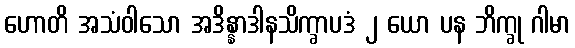
ဟောတိ အသံဝါသော အဒိန္နာဒါနသိက္ခာပဒံ ၂ ယော ပန ဘိက္ခု ဂါမာ